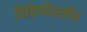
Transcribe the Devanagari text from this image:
विहिणींसमोर